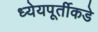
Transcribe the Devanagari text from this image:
ध्येयपूर्तीकडे